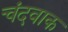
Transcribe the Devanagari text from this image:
चंदवाक